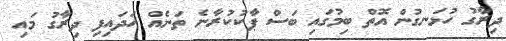
ދިރާގު ހުޅަނގުން އޮތް ބިމުގައި ބަސް ޕާކުކުރާނެ ތަނެއް ހަދައިފި ދިރާގު މައި